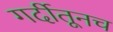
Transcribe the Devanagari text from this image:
गर्दीतूनच